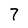
Character: 7